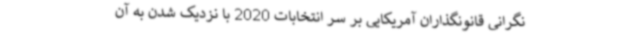
نگرانی قانونگذاران آمریکایی بر سر انتخابات 2020 با نزدیک شدن به آن